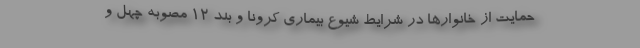
حمایت از خانوارها در شرایط شیوع بیماری کرونا و بند ۱۲ مصوبه چهل و